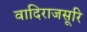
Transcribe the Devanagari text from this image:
वादिराजसूरि